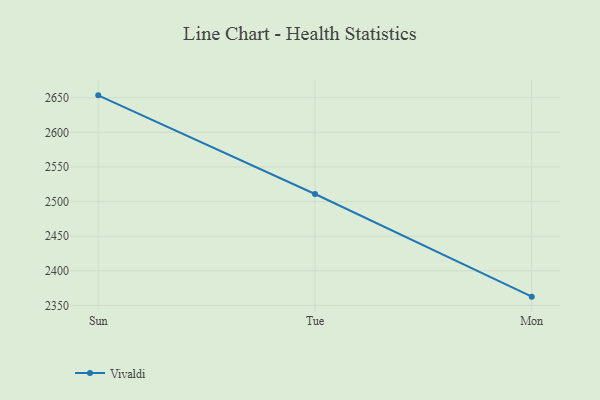
{"axis": {"x": "Day", "y": "Population (Million)"}, "legend": ["Vivaldi"], "data": [{"x": "Sun", "y": 2653.4, "type": "Vivaldi"}, {"x": "Tue", "y": 2510.9, "type": "Vivaldi"}, {"x": "Mon", "y": 2362.7, "type": "Vivaldi"}]}